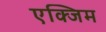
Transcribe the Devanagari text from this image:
एक्जिम